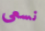
نسعى